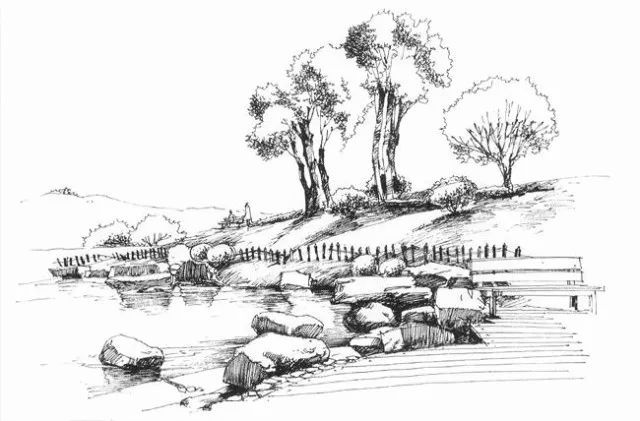
望阙云遮眼，思乡雨滴心。